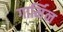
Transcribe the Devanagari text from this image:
गार्मिन